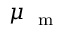
\mu _ { \mathrm { ~ \scriptsize ~ m ~ } }